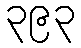
၃၉၃